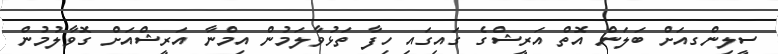
ސީލިންގއަށް ބަލަން އޮތް އަރީޝްގެ ގައިގައި ހިފާ ތަޅުވާލަމުން އިމްނާ އަރީޝްއަށް ގޮވާލުމުން